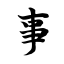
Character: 事